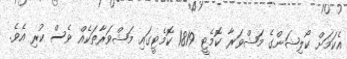
އެކަމަށް ކޯލިޝަންގެ މަޝްވަރާ ކޮމެޓީ 1819 ކޮމެޓީގައި މަޝްވަރާތަކެއް ވެސް ކުރި އެވެ.